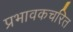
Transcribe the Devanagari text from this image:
प्रभावकचरित